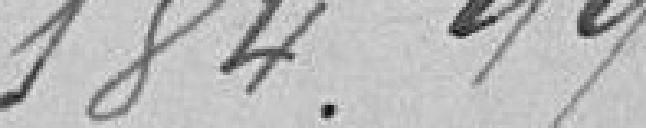
184,99